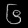
Digit: ၆